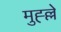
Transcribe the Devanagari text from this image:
मुह्ल्ले